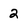
Character: 2